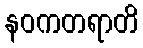
နဝကတရာတိ